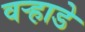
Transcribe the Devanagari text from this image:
वऱ्हाडे